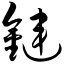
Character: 链